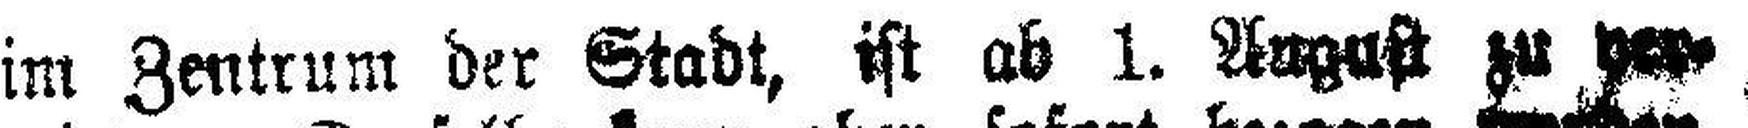
im Zentrum der Stadt, ist ab 1. August zu ver¬